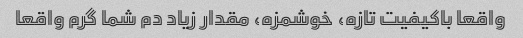
واقعا باکیفیت تازه، خوشمزه، مقدار زیاد دم شما گرم واقعا